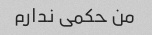
من حکمی ندارم